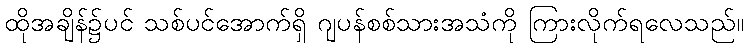
ထိုအချိန်၌ပင် သစ်ပင်အောက်ရှိ ဂျပန်စစ်သားအသံကို ကြားလိုက်ရလေသည်။